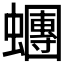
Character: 𧓘